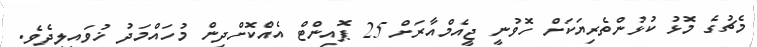
މެޗުގެ މޮޅު ކުޅުންތެރިޔަކަށް ހޮވުނީ ޖީއެމްއާރަށް 25 ޕޮއިންޓް އެއްކޮށްދިން މުހައްމަދު ޚުވައިލިދެވެ.